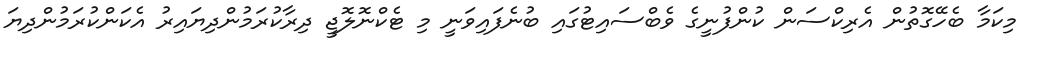
މިކަމާ ބެހޭގޮތުން އެރިކްސަން ކުންފުނީގެ ވެބްސައިޓުގައި ބުނެފައިވަނީ މި ޓެކްނޮލޮޖީ ދިރާކުރަމުންދިޔައިރު އެކަންކުރަމުންދިޔަ